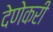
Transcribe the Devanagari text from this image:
देणेकरी